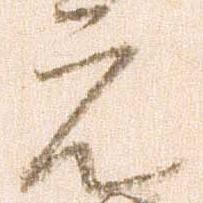
元